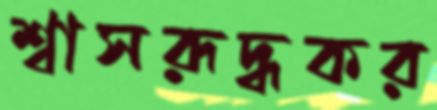
শ্বাসরূদ্ধকর